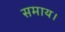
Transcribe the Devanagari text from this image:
समाय।